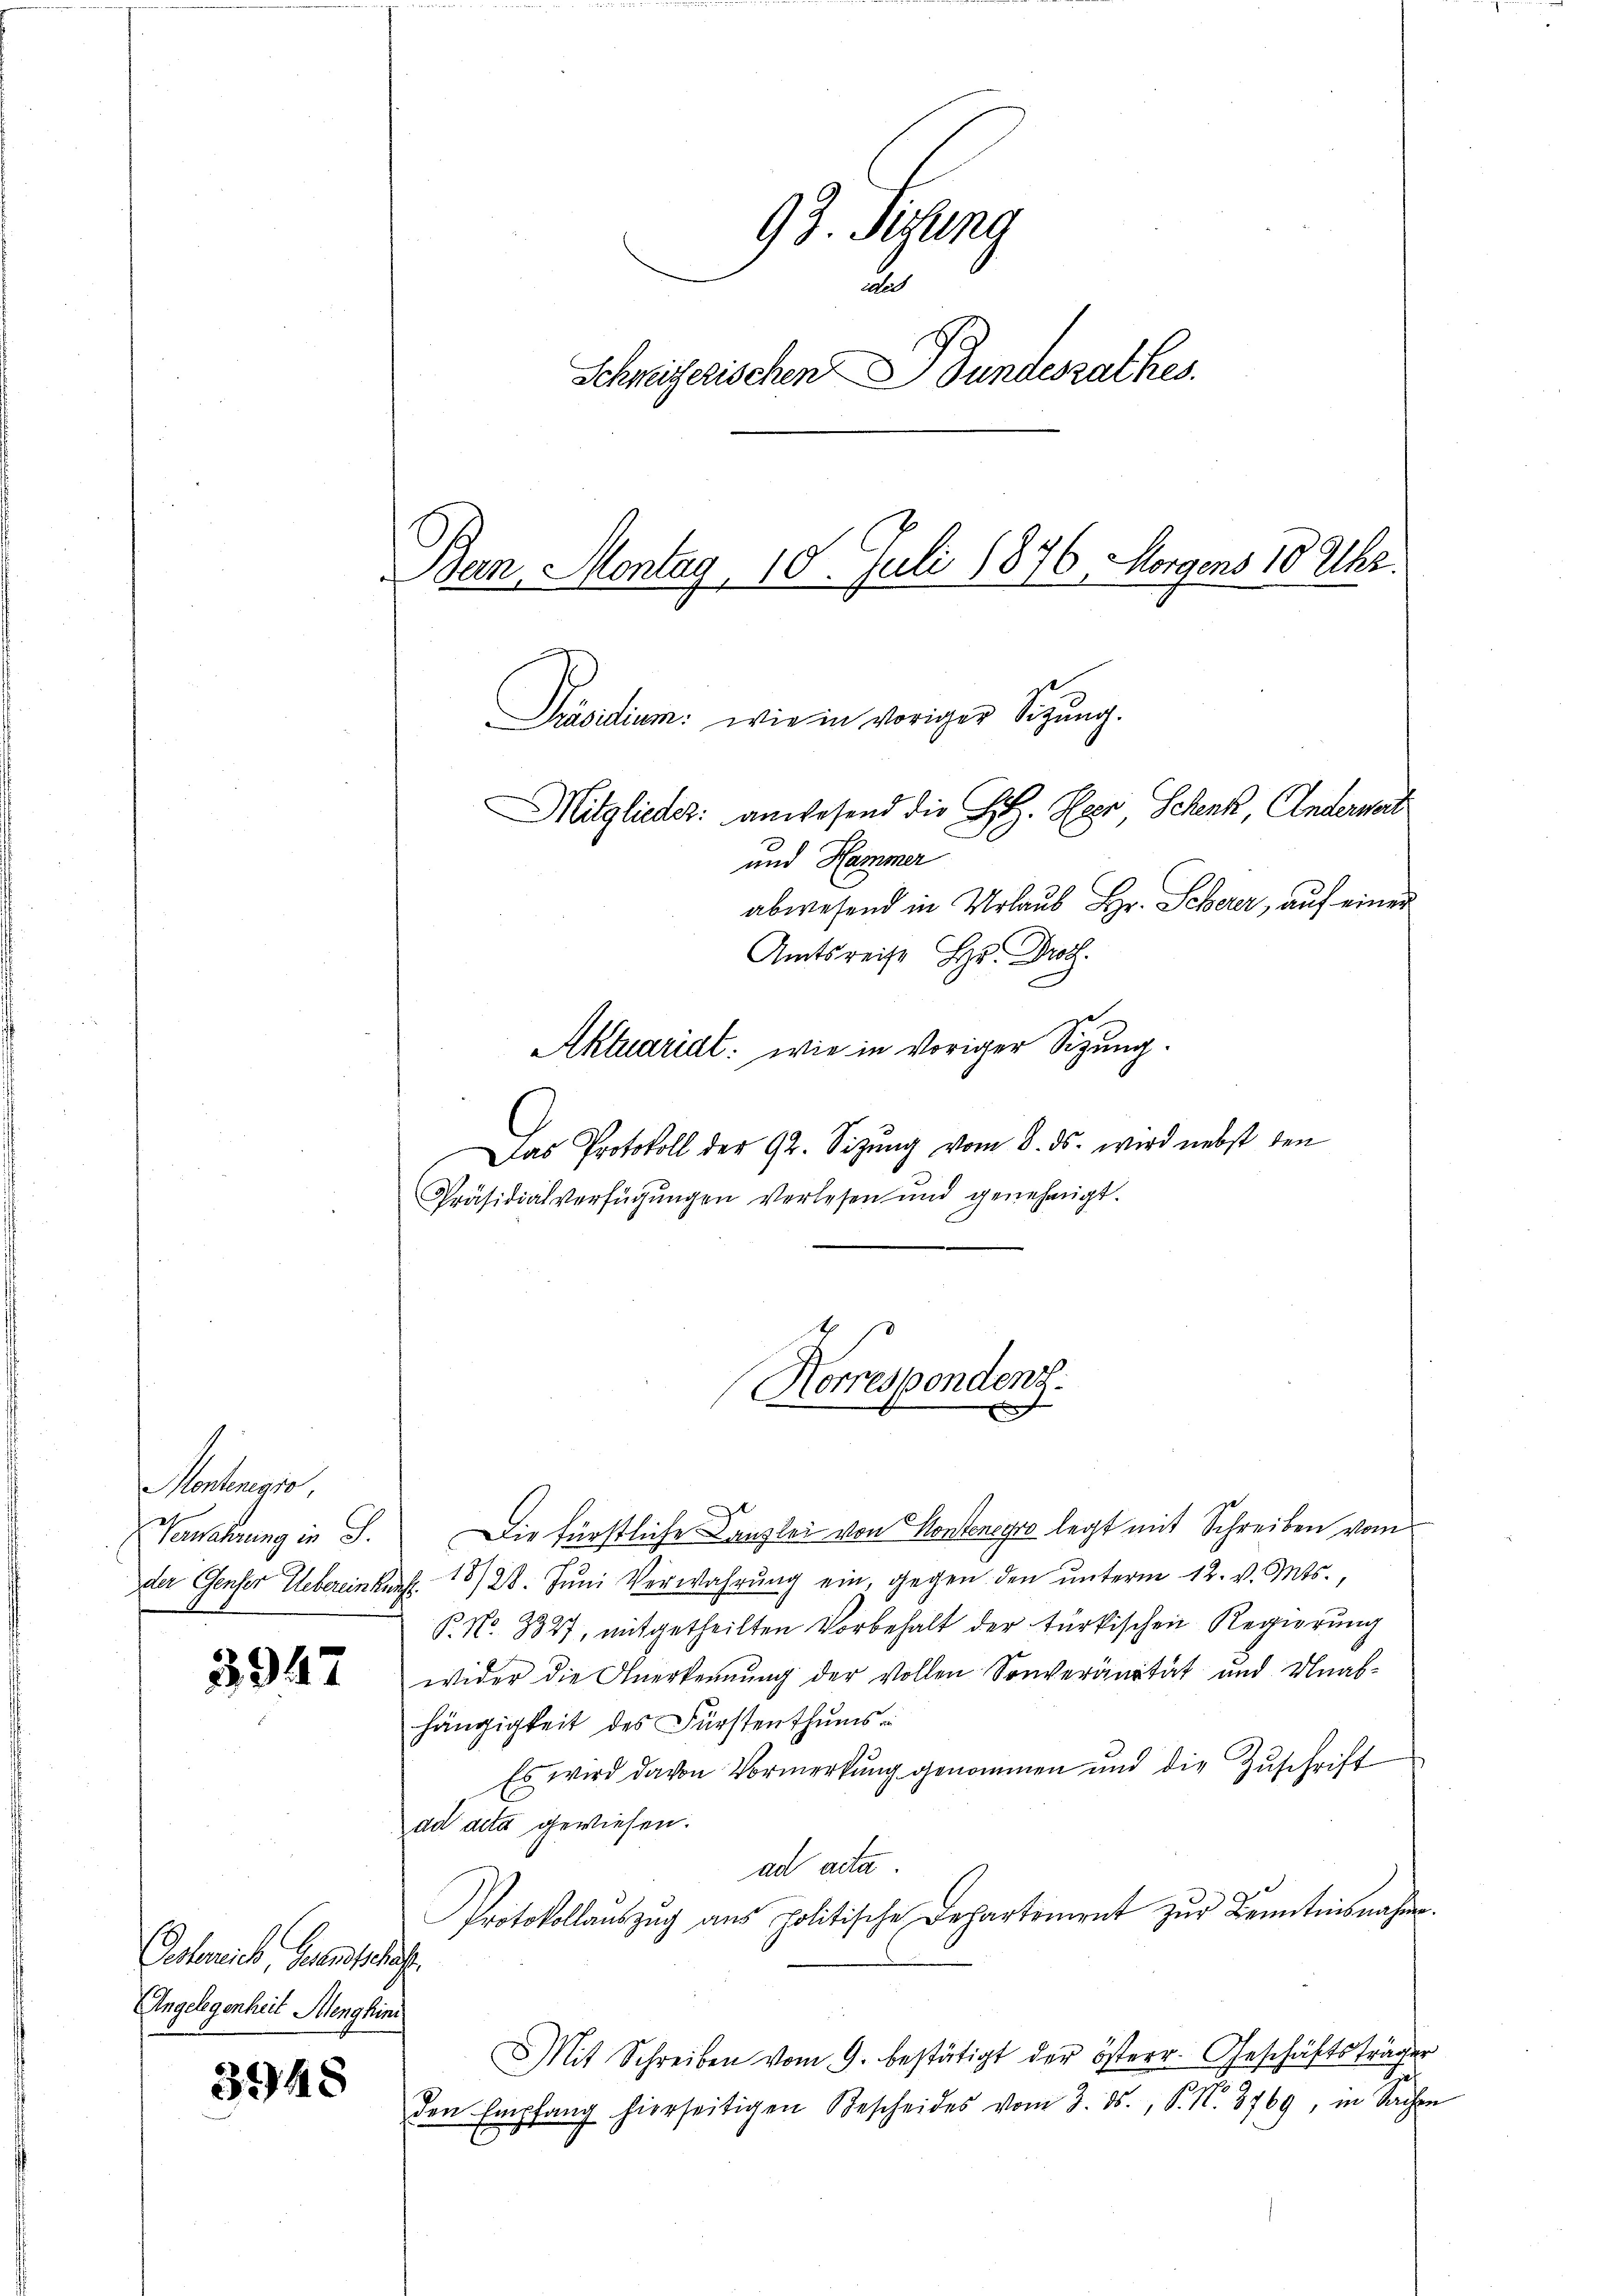
3947

3948

Montenegio,
Nanahrung in G

Amtsreise Hr. Drot.
Aktuariat: wie in voriger Sizung.
Das Protokoll der 92. Sizŭng vom 8. ds. wird nebst den
Präsidialverfügungen verlesen und genehmigt.

Esterieb, Gesandtschaf
Angelegenheit Alenghini

97. Peyerz
aus
Schweizerischen Bundesrathes.
Ban Montag, 10. Juli 1876. Morgens 10 Uhr.
Präsidium: wie in voriger Sitzung.
Mitglieder: anwesend die Sitz. Herr Schenk, Anderwart
und Hammer
abwesend in Urlaub Hr. Scherer, auf einer

Horrespondenz.

Die fürstliche Canzlei von Konstenegro legt mit Schreiben vom
der Genfer Uebereinkunft. 1828. Jŭni Verwahrŭng ein, gegen den ŭnterm 12. v. Mts.,
P. No. 8327, mitgetheilten Vorbehalt der türkischen Regierung
wider die Anerkennung der vollen Sonveränität und Unab-
hängigkeit des Fürstenthums
Es wird davon Vormerkung genommen und die Zuschrift
ad acta gewiesen.
ad acta.
Protokollauszug aus politische Departement zur Kenntnisnahm.
Mit Schreiben vom 9. bestätigt der österr. Geschäftsträger
den Empfang hierseitigen Bescheides vom 3. ds., P. Nr. 3769, in Sachen